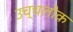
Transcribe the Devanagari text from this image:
उच्चलोक